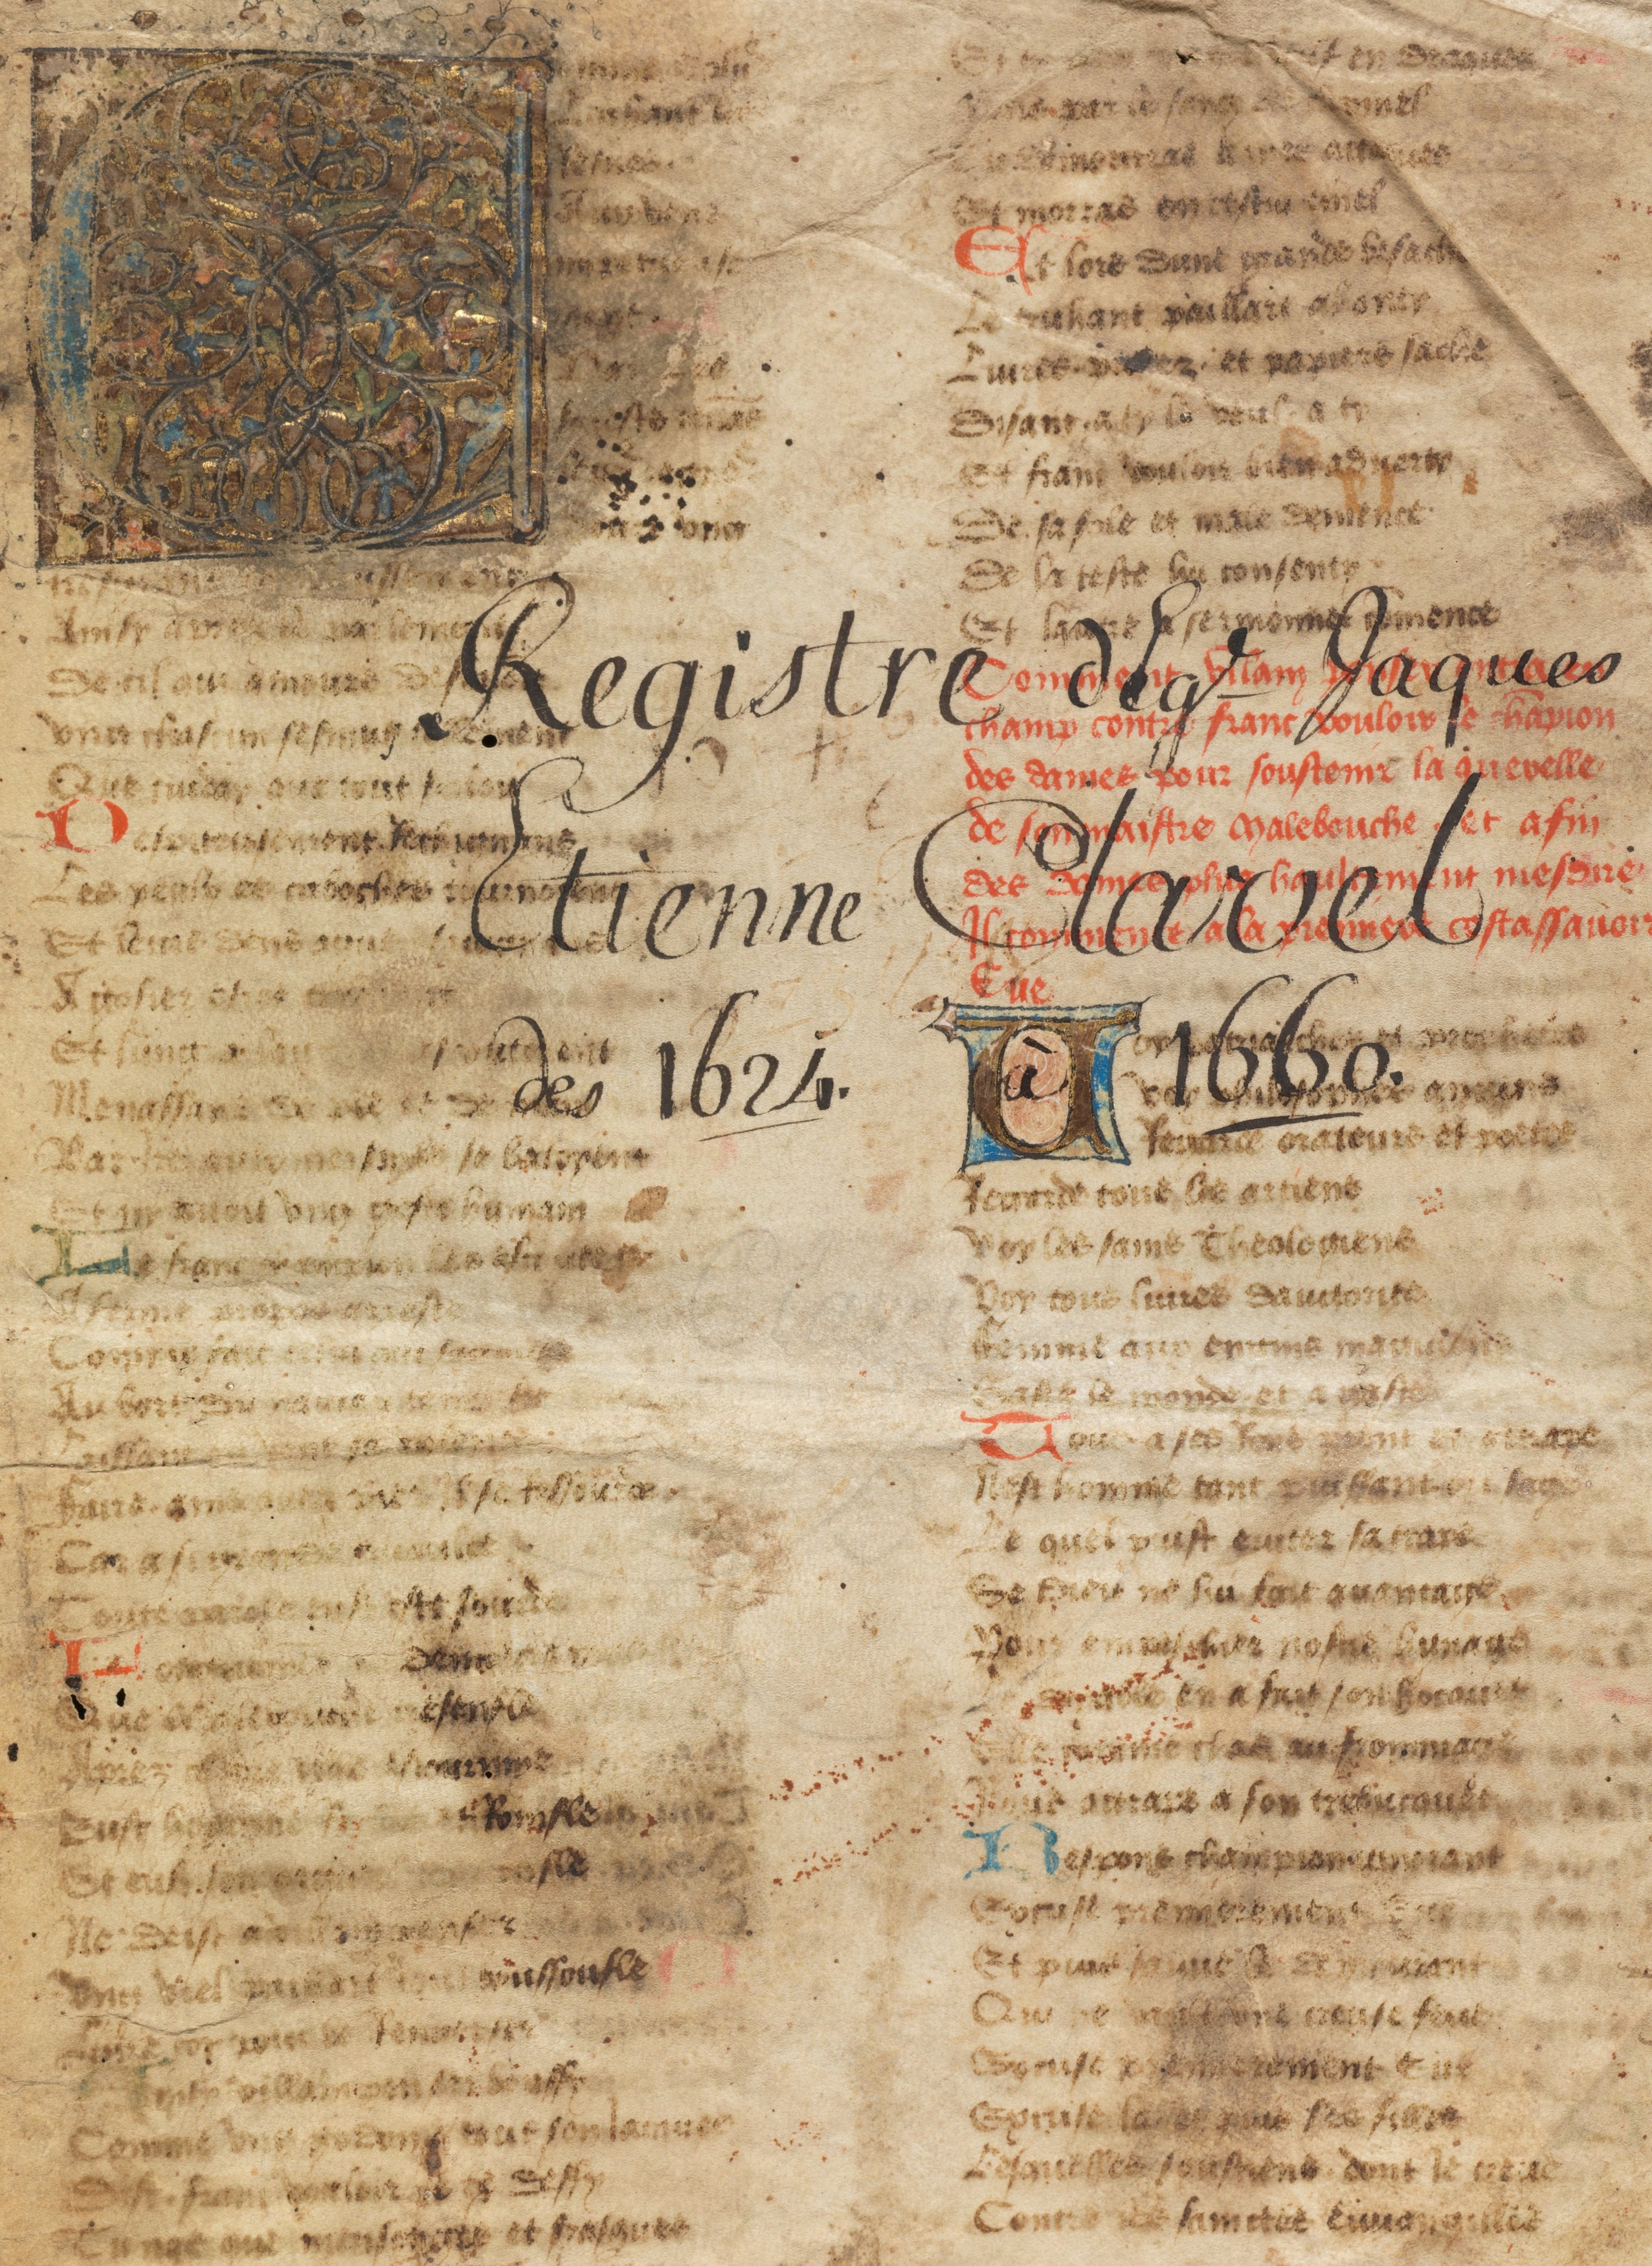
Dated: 1442–1480